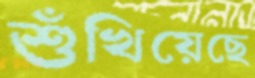
শুঁখিয়েছে